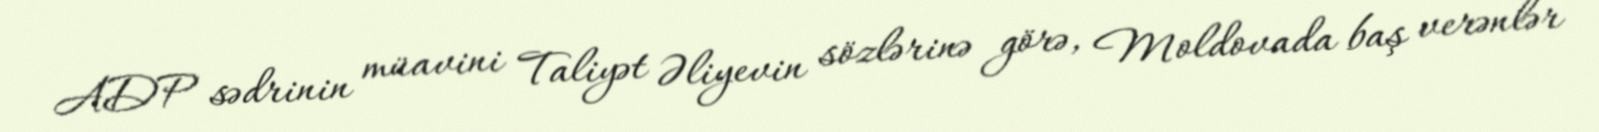
ADP sədrinin müavini Taliyət Əliyevin sözlərinə görə, Moldovada baş verənlər